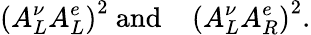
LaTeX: \left(A_{L}^{\nu}A_{L}^{e}\right)^{2}\mathrm{~and~\thinspace~\thinspace~}\left(A_{L}^{\nu}A_{R}^{e}\right)^{2}.